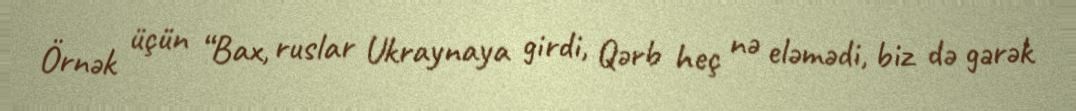
Örnək üçün “Bax, ruslar Ukraynaya girdi, Qərb heç nə eləmədi, biz də gərək